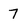
Character: 7